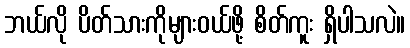
ဘယ်လို ပိတ်သားကိုများဝယ်ဖို့ စိတ်ကူး ရှိပါသလဲ။